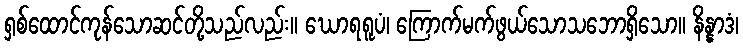
ရှစ်ထောင်ကုန်သောဆင်တို့သည်လည်း။ ဃောရရူပံ၊ ကြောက်မက်ဖွယ်သောသဘောရှိသော။ နိန္နာဒံ၊